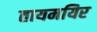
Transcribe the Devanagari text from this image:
तायमयिर